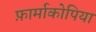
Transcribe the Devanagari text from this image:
फ़ार्माकोपिया